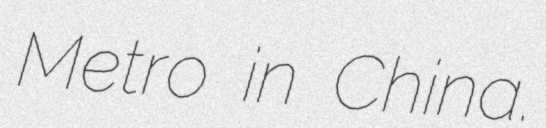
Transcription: Metro in China.